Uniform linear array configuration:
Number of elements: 12
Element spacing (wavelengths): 0.25
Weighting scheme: hamming
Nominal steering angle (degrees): -60
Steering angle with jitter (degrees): -61.537
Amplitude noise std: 0.05
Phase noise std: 0.05

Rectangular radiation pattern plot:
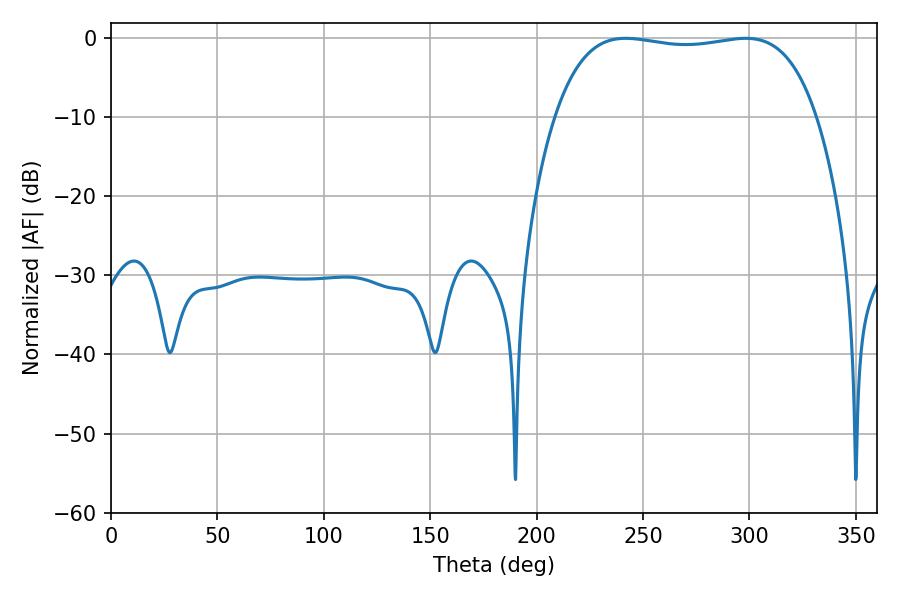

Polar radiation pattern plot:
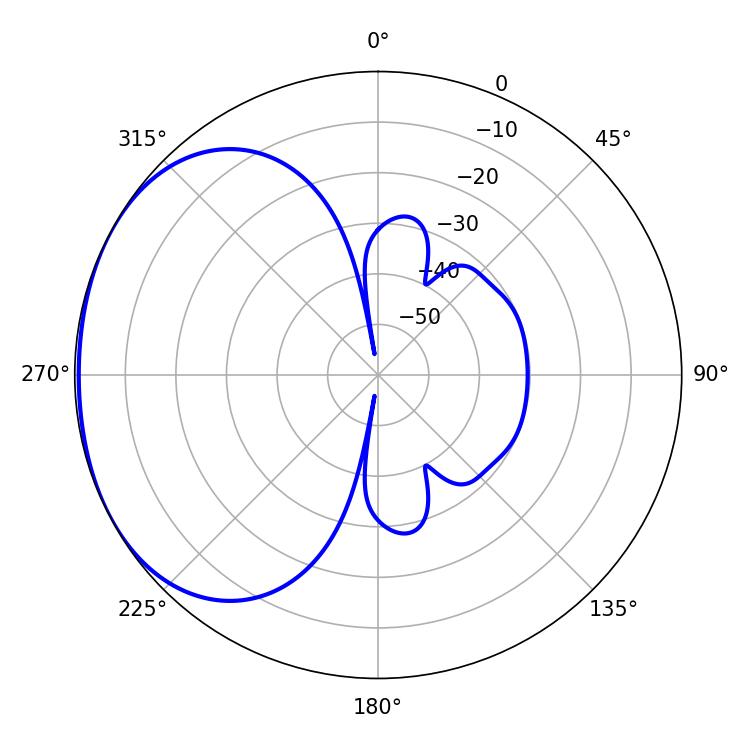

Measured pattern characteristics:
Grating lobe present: FALSE
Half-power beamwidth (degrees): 98.28
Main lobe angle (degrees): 241.74